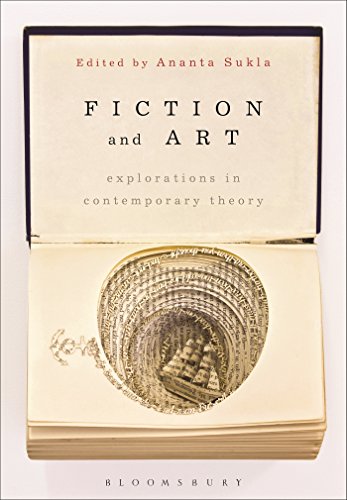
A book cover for Fiction and Art: Explorations in Contemporary Theory; Literature & Fiction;